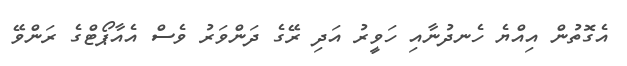
އެގޮތުން އިއްޔެ ހެނދުނާއި ހަވީރު އަދި ރޭގެ ދަންވަރު ވެސް އެއާޕޯޓްގެ ރަންވޭ